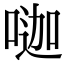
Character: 𠷉